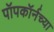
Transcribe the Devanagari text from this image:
पॉपकॉर्नच्या